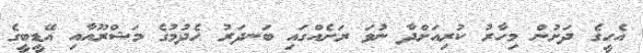
އެހީގެ ދަށުން މިހާރު ކުރިއަށްދާ ނުވަ ރަށެއްގައި ބަނދަރު ހެދުމުގެ މަޝްރޫއާއި އޭޑީބީގެ